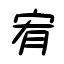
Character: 宥